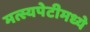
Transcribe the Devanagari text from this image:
मत्स्यपेटीमध्ये